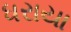
ધરાયા